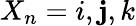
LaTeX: X_{n}=i,\mathbf{j},k